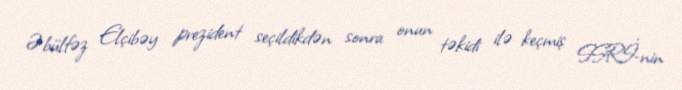
Əbülfəz Elçibəy prezident seçildikdən sonra onun təkidi ilə keçmiş SSRİ-nin